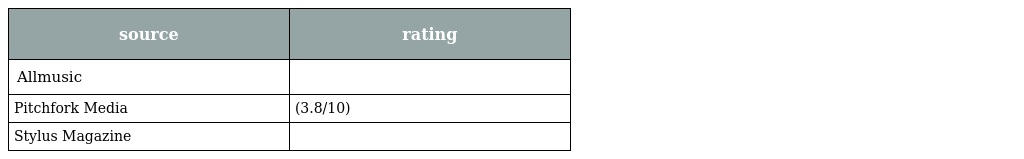
| source | rating |
 | --- | --- |
 | Allmusic |  |
 | Pitchfork Media | (3.8/10) |
 | Stylus Magazine |  |